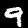
Digit: 9